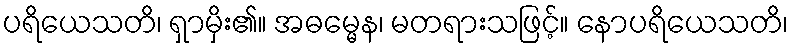
ပရိယေသတိ၊ ရှာမှိး၏။ အဓမ္မေန၊ မတရားသဖြင့်။ နောပရိယေသတိ၊